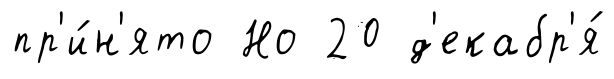
пр'и́н'ято Но 20 д'екабр'я́